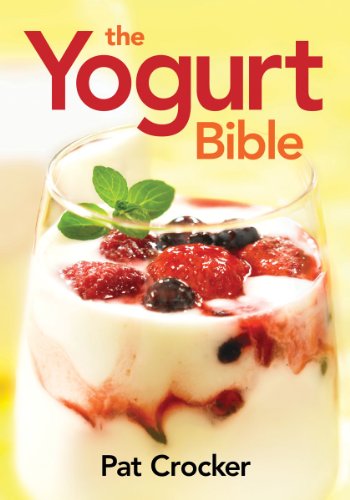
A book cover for The Yogurt Bible (...Bible (Robert Rose)); Par Crocker; Cookbooks, Food & Wine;